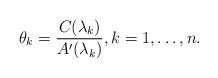
LaTeX: \begin{align*}\theta_k=\frac{C(\lambda_k)}{A'(\lambda_k)},k=1,\dots,n.\end{align*}